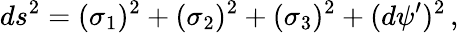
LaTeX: ds^{2}=(\sigma_{1})^{2}+(\sigma_{2})^{2}+(\sigma_{3})^{2}+(d\psi^{\prime})^{2}\, ,